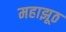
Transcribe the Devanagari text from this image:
महाझूठ